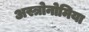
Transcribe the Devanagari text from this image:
अस्त्रोनोमिया